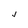
Character: J